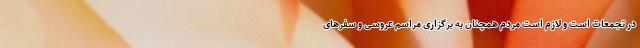
در تجمعات است و لازم است مردم همچنان به برگزاری مراسم عروسی و سفر‌های